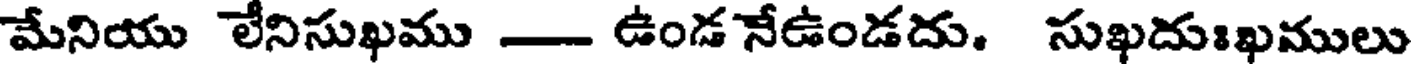
మేనియు లేనిసుఖము - ఉండ నేఉండదు. సుఖదుఃఖములు